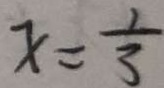
x = \frac { 1 } { 3 }